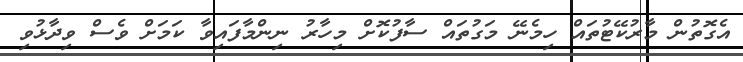
އެގޮތުން މާރުކޭޓުތައް ހިމެނޭ މަގުތައް ސާފުކޮށް މިހާރު ނިންމާފައިވާ ކަމަށް ވެސް ވިދާޅުވި